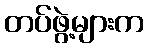
တပ်ဖွဲ့များက